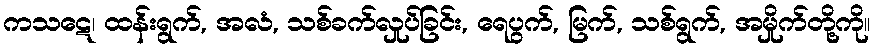
ကသဋေ၊ ထန်းရွက်, အလံ, သစ်ခက်လှုပ်ခြင်း, ရေပွက်, မြက်, သစ်ရွက်, အမှိုက်တို့ကို။